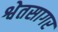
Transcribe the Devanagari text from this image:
श्वेतसागर